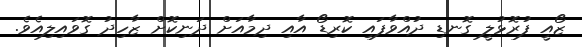
ޒޯއީ ފުރޮޅުލީ ގޮނޑި ދުއްވާފައި ކޮރިޑޯ އާއި ދިމާއަށް ދަނިކޮށް ޒާހިދު ގޮވައިލިއެވެ.